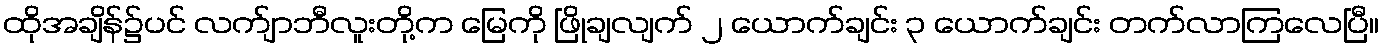
ထိုအချိန်၌ပင် လက်ျာဘီလူးတို့က မြေကို ဖြိုချလျက် ၂ ယောက်ချင်း ၃ ယောက်ချင်း တက်လာကြလေပြီ။